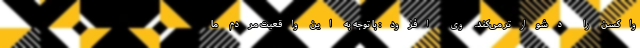
واکسن را دشوارتر می‌کند. وی افزود: با توجه به این واقعیت مردم ما